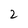
Character: 2